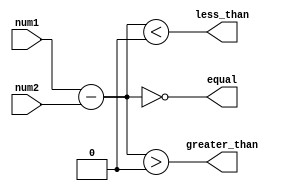
module inequality_comparator (
    input [7:0] num1,
    input [7:0] num2,
    output less_than,
    output greater_than,
    output equal
);

reg [7:0] difference;

// Subtract num2 from num1
always @* begin
    difference = num1 - num2;
end

// Determine inequality relationship
assign less_than = (difference < 8'h00);
assign greater_than = (difference > 8'h00);
assign equal = (difference == 8'h00);

endmodule